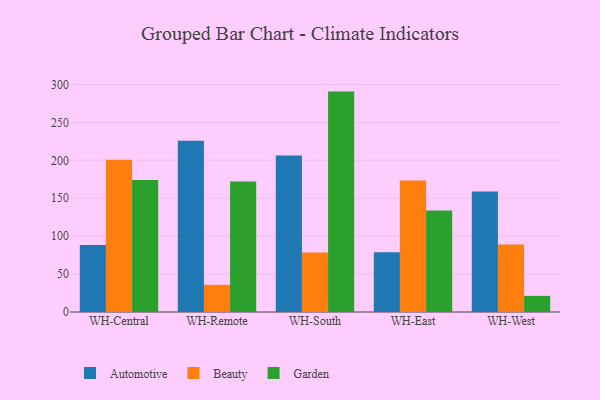
{"axis": {"x": "Warehouse", "y": "Net Income (USD K)"}, "legend": ["Automotive", "Beauty", "Garden"], "data": [{"x": "WH-Central", "y": 88.3, "type": "Automotive"}, {"x": "WH-Central", "y": 200.9, "type": "Beauty"}, {"x": "WH-Central", "y": 173.9, "type": "Garden"}, {"x": "WH-Remote", "y": 225.9, "type": "Automotive"}, {"x": "WH-Remote", "y": 35.8, "type": "Beauty"}, {"x": "WH-Remote", "y": 172.0, "type": "Garden"}, {"x": "WH-South", "y": 206.4, "type": "Automotive"}, {"x": "WH-South", "y": 78.4, "type": "Beauty"}, {"x": "WH-South", "y": 290.6, "type": "Garden"}, {"x": "WH-East", "y": 78.9, "type": "Automotive"}, {"x": "WH-East", "y": 173.3, "type": "Beauty"}, {"x": "WH-East", "y": 133.8, "type": "Garden"}, {"x": "WH-West", "y": 158.8, "type": "Automotive"}, {"x": "WH-West", "y": 89.0, "type": "Beauty"}, {"x": "WH-West", "y": 21.3, "type": "Garden"}]}